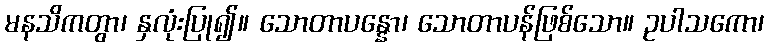
မနသိကတွာ၊ နှလုံးပြု၍။ သောတာပန္နော၊ သောတာပန်ဖြစ်သော။ ဥပါသကော၊